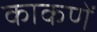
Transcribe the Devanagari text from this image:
काकणें